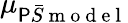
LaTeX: \mu_{\mathsf{P}\bar{{S}}\mathrm{{~m~o~d~e~l~}}}